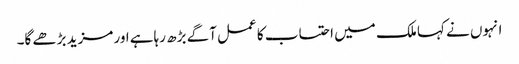
انہوں نے کہا ملک میں احتساب کا عمل آگے بڑھ رہاہے اور مزید بڑھے گا۔